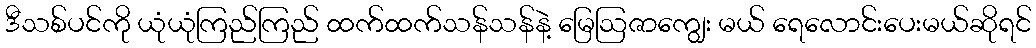
ဒီသစ်ပင်ကို ယုံယုံကြည်ကြည် ထက်ထက်သန်သန်နဲ့ မြေဩဇာကျွေး မယ် ရေလောင်းပေးမယ်ဆိုရင်